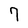
Character: 7